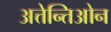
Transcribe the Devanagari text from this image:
अत्तेन्तिओन